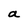
Character: a